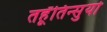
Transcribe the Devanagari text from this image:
तहूँतिन्सुयो